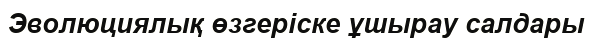
Эволюциялық өзгеріске ұшырау салдары